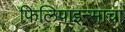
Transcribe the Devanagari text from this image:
फिलिपाइन्साचा